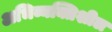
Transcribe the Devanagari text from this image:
अभिव्यक्तिशील